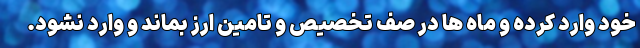
خود وارد کرده و ماه ها در صف تخصیص و تامین ارز بماند و وارد نشود.